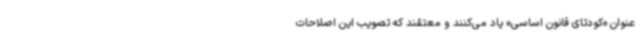
عنوان «کودتای قانون اساسی» یاد می‌کنند و معتقند که تصویب این اصلاحات